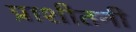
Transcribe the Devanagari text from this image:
प्राशीतनी